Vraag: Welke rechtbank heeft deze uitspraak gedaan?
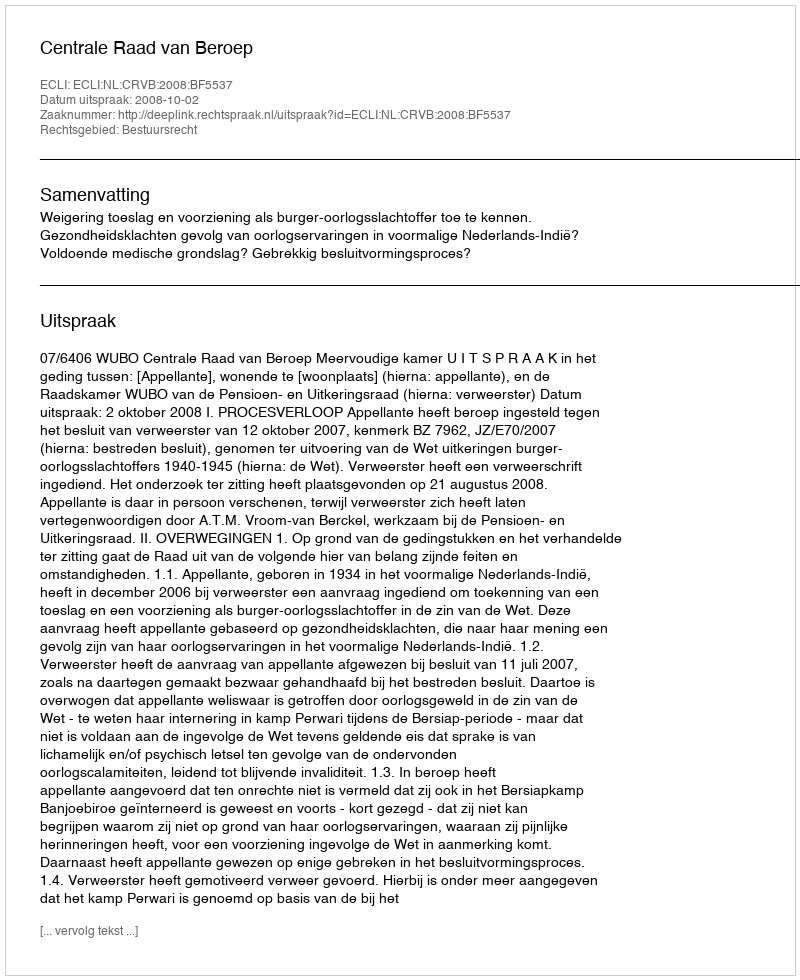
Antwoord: Centrale Raad van Beroep